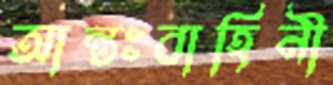
আন্তঃবাহিনী